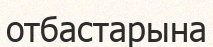
отбастарына